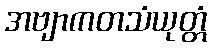
အဗျာကတသံယုတ္တံ